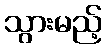
သွားမည့်